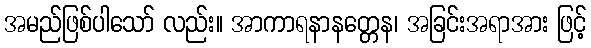
အမည်ဖြစ်ပါသော် လည်း။ အာကာရနာနတ္တေန၊ အခြင်းအရာအား ဖြင့်